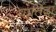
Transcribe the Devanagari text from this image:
पार्तिदा